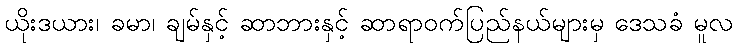
ယိုးဒယား၊ ခမာ၊ ချမ်နှင့် ဆာဘားနှင့် ဆာရာဝက်ပြည်နယ်များမှ ဒေသခံ မူလ